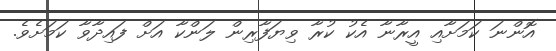
އޮންނަ ކަމަށާއި އީރާނާ އެކު ކުރާ ވިޔަފާރިން ލަންކާ އަށް ފައިދާވާ ކަމަށެވެ.